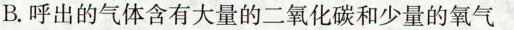
B.呼出的气体含有大量的二氧化碳和少量的氧气